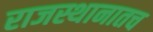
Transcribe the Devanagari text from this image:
राजस्थानातच